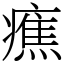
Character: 癄